Bombay plague: being a history of the progress of plague in the Bombay presidency from September 1896 to June 1899
Year: 1896
Disease focus: Plague
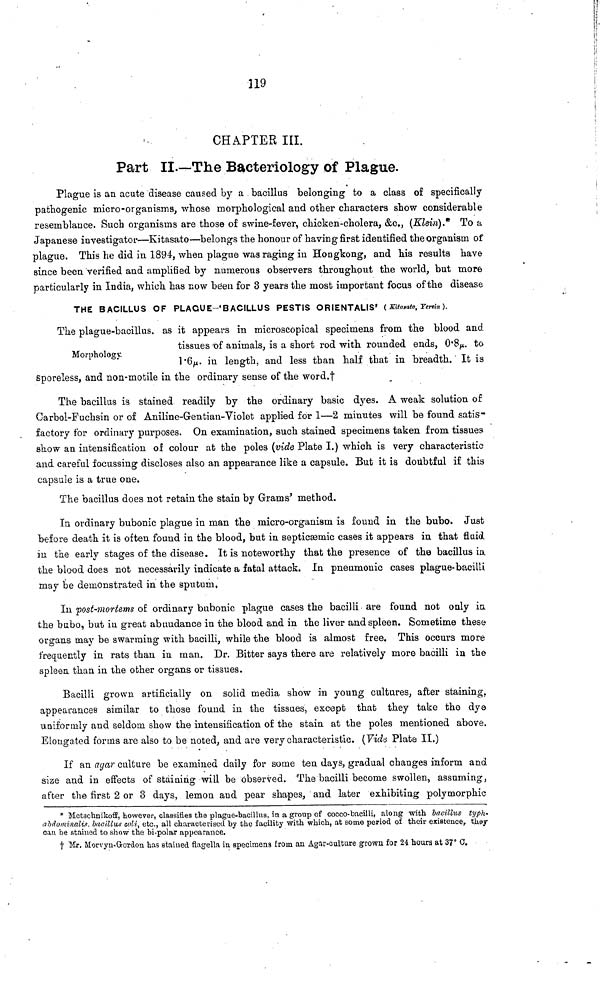
119
CHAPTER III.
Part II.—The Bacteriology of Plague.
Plague is an acute disease caused by a bacillus belonging to a class of specifically
pathogenic micro-organisms, whose morphological and other characters show considerable
resemblance. Such organisms are those of swine-fever, chicken-cholera, &c., (Klein).* To a
Japanese investigator—Kitasato—belongs the honour of having first identified the organism of
plague. This he did in 1894, when plague was raging in Hongkong, and his results have
since been verified and amplified by numerous observers throughput the world, but more
particularly in India, which has now been for 3 years the most important focus of the disease
THE BACILLUS OF PLAGUE-'BACILLUS PESTIS ORIENTALIS' ( Kitasato, Yenin).
Morphology.
The plague-bacillus, as it appears in microscopical specimens from the blood and
tissues of animals, is a short rod with rounded ends, 0 . 8μ. to
1 . 6μ. in length, and less than half that in breadth. It is
sporeless, and non-motile in the ordinary sense of the word.†
The bacillus is stained readily by the ordinary basic dyes. A weak solution of
Garbol-Fuchsin or of Aniline-Gentian-Violet applied for 1—2 minutes will be found satis-
factory for ordinary purposes. On examination, such stained specimens taken from tissues
show an intensification of colour at the poles (vide Plate I.) which is very characteristic
and careful focussing discloses also an appearance like a capsule. But it is doubtful if this
capsule is a true one.
The bacillus does not retain the stain by Grams' method.
In ordinary bubonic plague in man the micro-organism is found in the bubo. Just
before death it is often found in the blood, but in septicasmic cases it appears in that fluid
in the early stages of the disease. It is noteworthy that the presence of the bacillus in.
the blood does not necessarily indicate a fatal attack. In pneumonic cases plague-bacilli
may be demonstrated in the sputum,
In post-mortems of ordinary bubonic plague cases the bacilli are found not only in
the bubo, but in great abundance in the blood and in the liver and spleen. Sometime these
organs may be swarming with bacilli, while the blood is almost free. This occurs more
frequently in rats than in man. Dr. Bitter says there are relatively more bacilli in the
spleen than in the other organs or tissues.
Bacilli grown artificially on solid media show in young cultures, after staining,
appearances similar to those found in the tissues, except that they take the dye
uniformly and seldom show the intensification of the stain at the poles mentioned above.
Elongated forms are also to be noted, and are very characteristic. (Vide Plate II.)
If an agar culture be examined daily for some ten days, gradual changes inform and
size and in effects of staining will be observed. The bacilli become swollen, assuming,
after the first 2 or 3 days, lemon and pear shapes, and later exhibiting polymorphic
* Metschnikoff, however, classifies the plague-bacillus, in a group of cocco-bacilli, along with bacillus typh-
abtiominaUs. bacillus coli, etc., all characterised by the facility with which, at some period of their existence, they
can be stained to show the bi-polar appearance.
† Mr. Morvyn Groxdon has stained flagella in specimens from an Agar-culture grown for 24 hours at 37° C.